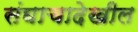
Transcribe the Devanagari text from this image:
संघाचादेखील